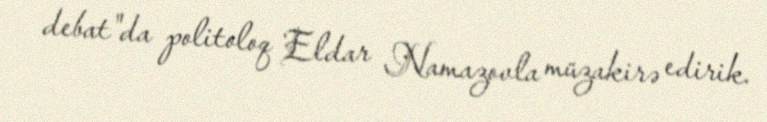
debat"da politoloq Eldar Namazovla müzakirə edirik.